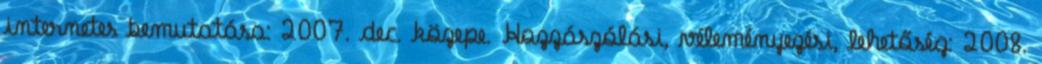
internetes bemutatása: 2007. dec. közepe. Hozzászólási, véleményezési, lehetőség: 2008.